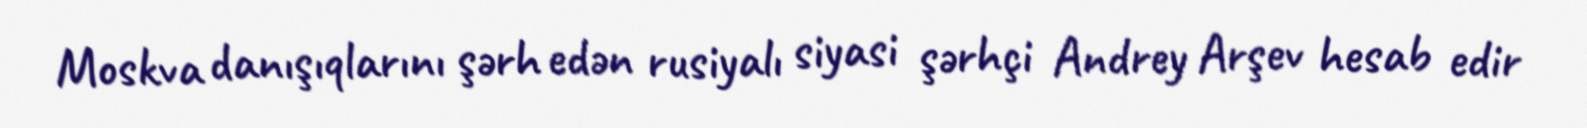
Moskva danışıqlarını şərh edən rusiyalı siyasi şərhçi Andrey Arşev hesab edir